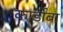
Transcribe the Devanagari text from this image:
कार्डोबा